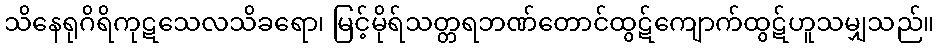
သိနေရုဂိရိကုဋသေလသိခရော၊ မြင့်မိုရ်သတ္တရဘဏ်တောင်ထွဋ်ကျောက်ထွဋ်ဟူသမျှသည်။